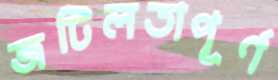
জটিলতাপূর্ণ